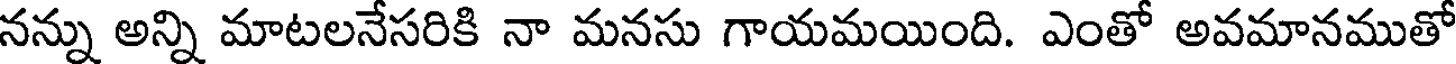
నన్ను అన్ని మాటలనేసరికి నా మనసు గాయమయింది. ఎంతో అవమానముతో